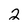
Character: 2